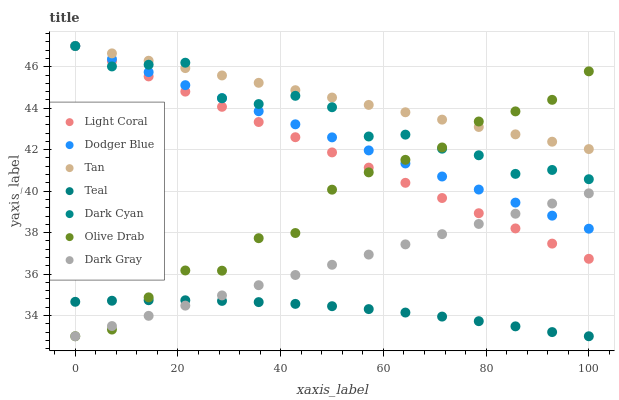
| xaxis_label | Light Coral | Dodger Blue | Tan | Teal | Dark Cyan | Olive Drab | Dark Gray |
 | --- | --- | --- | --- | --- | --- | --- | --- |
 | 0 | 47 | 47 | 47 | 34.7 | 47 | 33 | 33 |
 | 7.14 | 46.3 | 46.4 | 46.6 | 34.7 | 46 | 33.3 | 33.5 |
 | 14.3 | 45.5 | 45.7 | 46.3 | 34.7 | 46.1 | 34.9 | 34 |
 | 21.4 | 44.8 | 45.1 | 45.9 | 34.7 | 46.2 | 36.2 | 34.5 |
 | 28.6 | 44.1 | 44.5 | 45.6 | 34.7 | 44.5 | 36.2 | 35 |
 | 35.7 | 43.3 | 43.9 | 45.2 | 34.6 | 44.2 | 37.7 | 35.5 |
 | 42.9 | 42.6 | 43.2 | 44.9 | 34.6 | 44.6 | 38 | 36 |
 | 50 | 41.9 | 42.6 | 44.5 | 34.4 | 44 | 40.1 | 36.4 |
 | 57.1 | 41.1 | 42 | 44.2 | 34.3 | 42.6 | 40.9 | 36.9 |
 | 64.3 | 40.4 | 41.3 | 43.8 | 34.1 | 42.7 | 41.5 | 37.4 |
 | 71.4 | 39.7 | 40.7 | 43.4 | 33.9 | 42 | 42.1 | 37.9 |
 | 78.6 | 38.9 | 40.1 | 43.1 | 33.7 | 41.7 | 43.4 | 38.4 |
 | 85.7 | 38.2 | 39.4 | 42.7 | 33.5 | 40.8 | 43.8 | 38.9 |
 | 92.9 | 37.5 | 38.8 | 42.4 | 33.2 | 41 | 44.4 | 39.4 |
 | 100 | 36.7 | 38.2 | 42 | 33 | 40.6 | 45.8 | 39.9 |